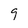
Character: 9